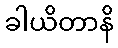
ခါယိတာနိ